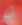
أسر